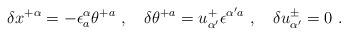
\begin{align*}\delta x^{+\alpha} = -\epsilon^\alpha_a \theta^{+a} \ ,\quad \delta \theta^{+a} = u^+_{\alpha'}\epsilon^{\alpha' a} \ ,\quad \delta u^\pm_{\alpha'} = 0 \ .\end{align*}